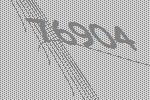
76904